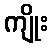
ကျိုး